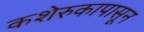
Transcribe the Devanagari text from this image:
कशेरुकापासून